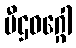
ပီဌဝဂ္ဂေါ